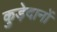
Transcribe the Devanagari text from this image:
कुड़ेदानों